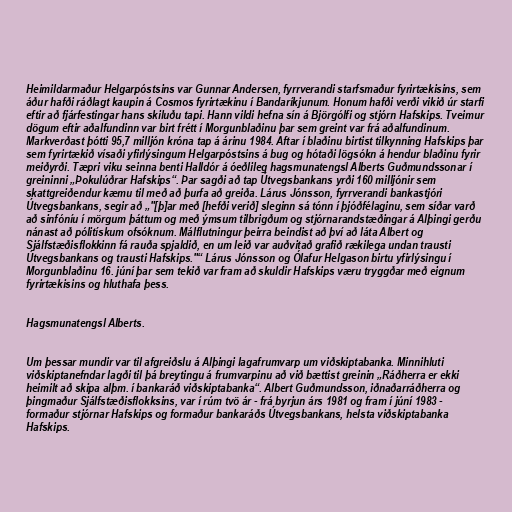
Heimildarmaður Helgarpóstsins var Gunnar Andersen, fyrrverandi starfsmaður fyrirtækisins, sem
áður hafði ráðlagt kaupin á Cosmos fyrirtækinu í Bandaríkjunum. Honum hafði verði vikið úr starfi
eftir að fjárfestingar hans skiluðu tapi. Hann vildi hefna sín á Björgólfi og stjórn Hafskips. Tveimur
dögum eftir aðalfundinn var birt frétt í Morgunblaðinu þar sem greint var frá aðalfundinum.
Markverðast þótti 95,7 milljón króna tap á árinu 1984. Aftar í blaðinu birtist tilkynning Hafskips þar
sem fyrirtækið vísaði yfirlýsingum Helgarpóstsins á bug og hótaði lögsókn á hendur blaðinu fyrir
meiðyrði. Tæpri viku seinna benti Halldór á óeðlileg hagsmunatengsl Alberts Guðmundssonar í
greininni „Þokulúðrar Hafskips“. Þar sagði að tap Útvegsbankans yrði 160 milljónir sem
skattgreiðendur kæmu til með að þurfa að greiða. Lárus Jónsson, fyrrverandi bankastjóri
Útvegsbankans, segir að „"[þ]ar með [hefði verið] sleginn sá tónn í þjóðfélaginu, sem síðar varð
að sinfóníu í mörgum þáttum og með ýmsum tilbrigðum og stjórnarandstæðingar á Alþingi gerðu
nánast að pólitískum ofsóknum. Málflutningur þeirra beindist að því að láta Albert og
Sjálfstæðisflokkinn fá rauða spjaldið, en um leið var auðvitað grafið rækilega undan trausti
Útvegsbankans og trausti Hafskips."“ Lárus Jónsson og Ólafur Helgason birtu yfirlýsingu í
Morgunblaðinu 16. júní þar sem tekið var fram að skuldir Hafskips væru tryggðar með eignum
fyrirtækisins og hluthafa þess.

Hagsmunatengsl Alberts.

Um þessar mundir var til afgreiðslu á Alþingi lagafrumvarp um viðskiptabanka. Minnihluti
viðskiptanefndar lagði til þá breytingu á frumvarpinu að við bættist greinin „Ráðherra er ekki
heimilt að skipa alþm. í bankaráð viðskiptabanka“. Albert Guðmundsson, iðnaðarráðherra og
þingmaður Sjálfstæðisflokksins, var í rúm tvö ár - frá byrjun árs 1981 og fram í júní 1983 -
formaður stjórnar Hafskips og formaður bankaráðs Útvegsbankans, helsta viðskiptabanka
Hafskips.